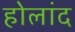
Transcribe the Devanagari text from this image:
होलांद